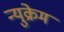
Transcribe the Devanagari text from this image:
न्युक्रेम